Indian journal of veterinary science and animal husbandry - Volume 11,
Year: 1941
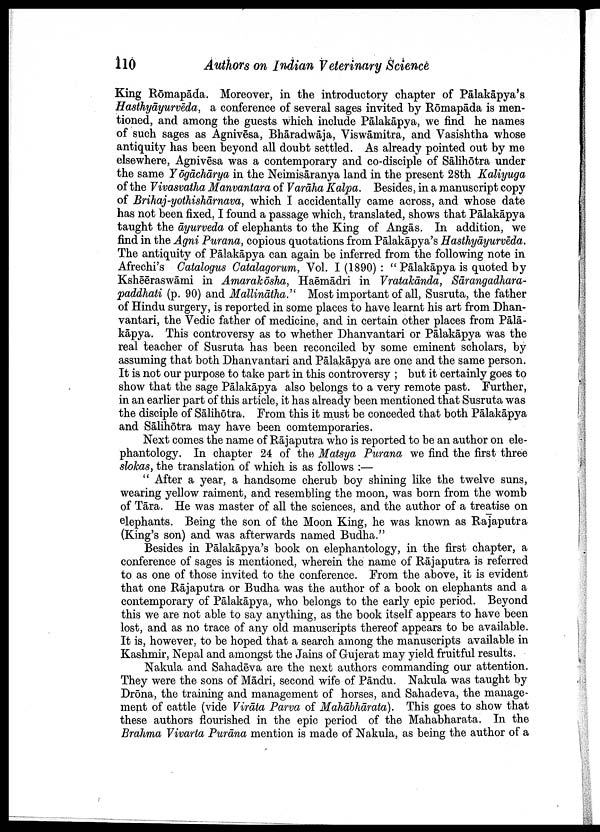
110
Authors on Indian Veterinary Science
King Rōmapāda. Moreover, in the introductory chapter of Pālakāpya's
Hasthyāyurvēda, a conference of several sages invited by Rōmapāda is men
tioned, and among the guests which include Pālakāpya, we find he names
of such sages as Agnivēsa, Bhāradwāja, Viswāmitra, and Vasishtha whose
antiquity has been beyond all doubt settled. As already pointed out by me
elsewhere, Agnivēsa was a contemporary and co-disciple of Sālihōtra under
the same Yōgāchārya in the Neimisāranya land in the present 28th Kaliyuga
of the Vivasvatha Manvantara of Varāha Kalpa. Besides, in a manuscript copy
of Brihaj-yothishārnava, which I accidentally came across, and whose date
has not been fixed, I found a passage which, translated, shows that Pālakāpya
taught the āyurveda of elephants to the King of Angās. In addition, we
find in the Agni Purana, copious quotations from Pālakāpya's Hasthyāyurvēda.
The antiquity of Pālakāpya can again be inferred from the following note in
Afrechi's Catalogus Catalagorum, Vol. I (1890) : " Pālakāpya is quoted by
Kshēēraswāmi in Amarakōsha, Haēmādri in Vratakānda, Sārangadhara¬
paddhati (p. 90) and Mallinātha." Most important of all, Susruta, the father
of Hindu surgery, is reported in some places to have learnt his art from Dhan¬
vantari, the Vedic father of medicine, and in certain other places from Pālā
kāpya. This controversy as to whether Dhanvantari or Pālakāpya was the
real teacher of Susruta has been reconciled by some eminent scholars, by
assuming that both Dhanvantari and Pālakāpya are one and the same person.
It is not our purpose to take part in this controversy ; but it certainly goes to
show that the sage Pālakāpya also belongs to a very remote past. Further,
in an earlier part of this article, it has already been mentioned that Susruta was
the disciple of Sālihōtra. Prom this it must be conceded that both Pālakāpya
and Sālihōtra may have been comtemporaries.
Next comes the name of Rājaputra who is reported to be an author on ele¬
phantology. In chapter 24 of the Matsya Purana we find the first three
slokas, the translation of which is as follows :—
" After a year, a handsome cherub boy shining like the twelve suns,
wearing yellow raiment, and resembling the moon, was born from the womb
of Tāra. He was master of all the sciences, and the author of a treatise on
elephants. Being the son of the Moon King, he was known as Rajaputra
(King's son) and was afterwards named Budha."
Besides in Pālakāpya's book on elephantology, in the first chapter, a
conference of sages is mentioned, wherein the name of Rājaputra is referred
to as one of those invited to the conference. From the above, it is evident
that one Rājaputra or Budha was the author of a book on elephants and a
contemporary of Pālakāpya, who belongs to the early epic period. Beyond
this we are not able to say anything, as the book itself appears to have been
lost, and as no trace of any old manuscripts thereof appears to be available.
It is, however, to be hoped that a search among the manuscripts available in
Kashmir, Nepal and amongst the Jains of Gujerat may yield fruitful results.
Nakula and Sahadēva are the next authors commanding our attention.
They were the sons of Mādri, second wife of Pāndu. Nakula was taught by
Drōna, the training and management of horses, and Sahadeva, the manage
ment of cattle (vide Virāta Parva of Mahābhārata). This goes to show that
these authors flourished in the epic period of the Mahabharata. In the
Brahma Vivarta Purāna mention is made of Nakula, as being the author of a